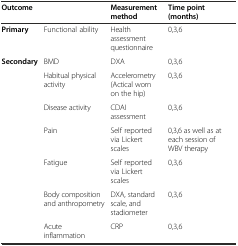
| <COLSPAN=2> Outcome | Measurement method | Time point (months) |
 | --- | --- | --- | --- |
 | Primary | Functional ability | Health assessment questionnaire | 0,3,6 |
 | Secondary | BMD | DXA | 0,3,6 |
 |  | Habitual physical activity | Accelerometry (Actical worn on the hip) | 0,3,6 |
 |  | Disease activity | CDAI assessment | 0,3,6 |
 |  | Pain | Self reported via Lickert scales | 0,3,6 as well as at each session of WBV therapy |
 |  | Fatigue | Self reported via Lickert scales | 0,3,6 |
 |  | Body composition and anthropometry | DXA, standard scale, and stadiometer | 0,3,6 |
 |  | Acute inflammation | CRP | 0,3,6 |